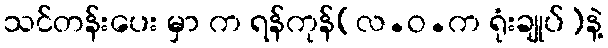
သင်တန်းပေး မှာ က ရန်ကုန်(လ.ဝ.က ရုံးချုပ်)နဲ့